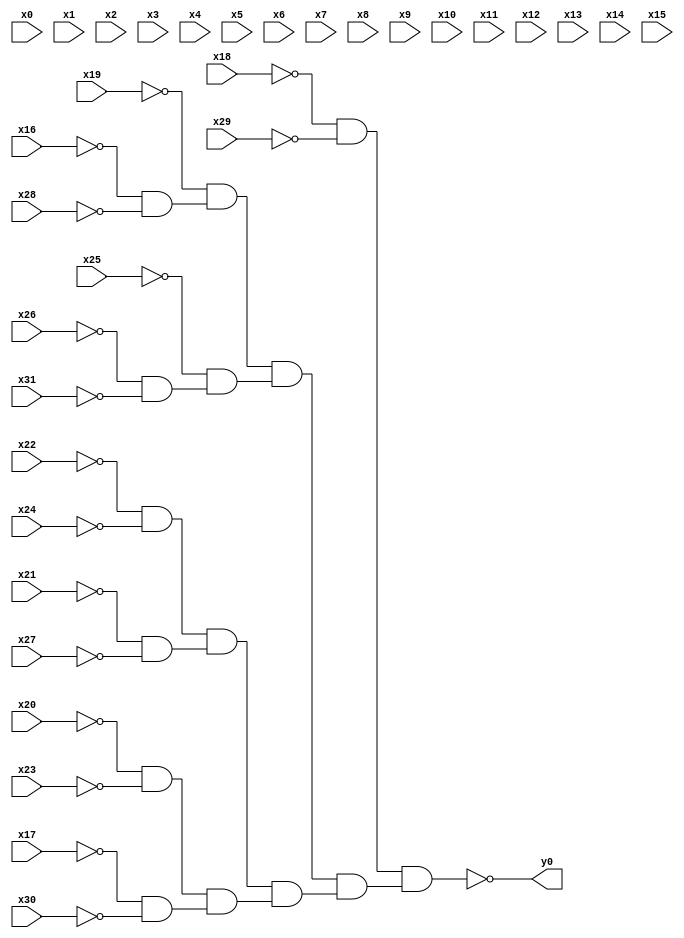
module top( x0 , x1 , x2 , x3 , x4 , x5 , x6 , x7 , x8 , x9 , x10 , x11 , x12 , x13 , x14 , x15 , x16 , x17 , x18 , x19 , x20 , x21 , x22 , x23 , x24 , x25 , x26 , x27 , x28 , x29 , x30 , x31 , y0 );
  input x0 , x1 , x2 , x3 , x4 , x5 , x6 , x7 , x8 , x9 , x10 , x11 , x12 , x13 , x14 , x15 , x16 , x17 , x18 , x19 , x20 , x21 , x22 , x23 , x24 , x25 , x26 , x27 , x28 , x29 , x30 , x31 ;
  output y0 ;
  wire n33 , n34 , n35 , n36 , n37 , n38 , n39 , n40 , n41 , n42 , n43 , n44 , n45 , n46 , n47 ;
  assign n33 = ~x18 & ~x29 ;
  assign n34 = ~x16 & ~x28 ;
  assign n35 = ~x19 & n34 ;
  assign n36 = ~x26 & ~x31 ;
  assign n37 = ~x25 & n36 ;
  assign n38 = n35 & n37 ;
  assign n39 = ~x22 & ~x24 ;
  assign n40 = ~x21 & ~x27 ;
  assign n41 = n39 & n40 ;
  assign n42 = ~x20 & ~x23 ;
  assign n43 = ~x17 & ~x30 ;
  assign n44 = n42 & n43 ;
  assign n45 = n41 & n44 ;
  assign n46 = n38 & n45 ;
  assign n47 = n33 & n46 ;
  assign y0 = ~n47 ;
endmodule